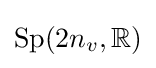
{\text{Sp}}(2n_{v},\mathbb {R} )